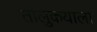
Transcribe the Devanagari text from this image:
तालुकयाला